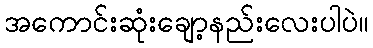
အကောင်းဆုံးချော့နည်းလေးပါပဲ။